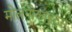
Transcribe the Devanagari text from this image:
मोलनोकाइट्स